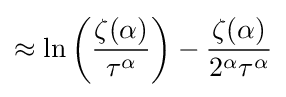
\approx \ln \left({\frac {\zeta (\alpha )}{\tau ^{\alpha }}}\right)-{\frac {\zeta (\alpha )}{2^{\alpha }\tau ^{\alpha }}}